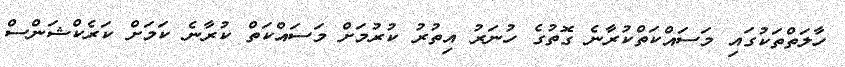
ހާލަތްތަކުގައި މަސައްކަތްކުރާނެ ގޮތުގެ ހުނަރު އިތުރު ކުރުމަށް މަސައްކަތް ކުރާނެ ކަމަށް ކަރެކްޝަންސް